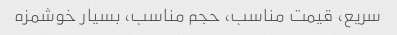
سریع، قیمت مناسب، حجم مناسب، بسیار خوشمزه